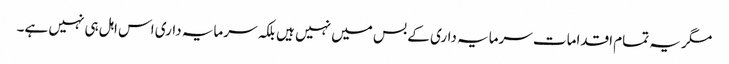
مگر یہ تمام اقدامات سرمایہ داری کے بس میں نہیں ہیں بلکہ سرمایہ داری اس اہل ہی نہیں ہے۔